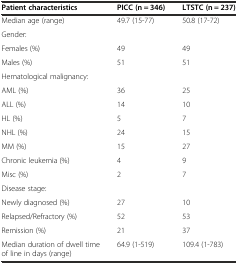
<table><thead><tr><td><b>Patient characteristics</b></td><td><b>PICC (n = 346)</b></td><td><b>LTSTC (n = 237)</b></td></tr></thead><tbody><tr><td>Median age (range)</td><td>49.7 (15-77)</td><td>50.8 (17-72)</td></tr><tr><td>Gender:</td><td></td><td></td></tr><tr><td>Females (%)</td><td>49</td><td>49</td></tr><tr><td>Males (%)</td><td>51</td><td>51</td></tr><tr><td>Hematological malignancy:</td><td></td><td></td></tr><tr><td>AML (%)</td><td>36</td><td>25</td></tr><tr><td>ALL (%)</td><td>14</td><td>10</td></tr><tr><td>HL (%)</td><td>5</td><td>7</td></tr><tr><td>NHL (%)</td><td>24</td><td>15</td></tr><tr><td>MM (%)</td><td>15</td><td>27</td></tr><tr><td>Chronic leukemia (%)</td><td>4</td><td>9</td></tr><tr><td>Misc (%)</td><td>2</td><td>7</td></tr><tr><td>Disease stage:</td><td></td><td></td></tr><tr><td>Newly diagnosed (%)</td><td>27</td><td>10</td></tr><tr><td>Relapsed/Refractory (%)</td><td>52</td><td>53</td></tr><tr><td>Remission (%)</td><td>21</td><td>37</td></tr><tr><td>Median duration of dwell time of line in days (range)</td><td>64.9 (1-519)</td><td>109.4 (1-783)</td></tr></tbody></table>